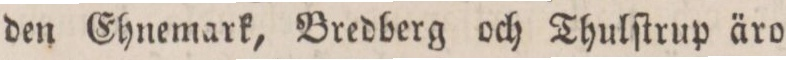
den Ehnemark, Bredberg och Thulſtrup äro